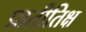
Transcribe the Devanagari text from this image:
प्रातीतिक्ष